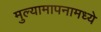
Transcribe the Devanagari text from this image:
मुल्यामापनामध्ये